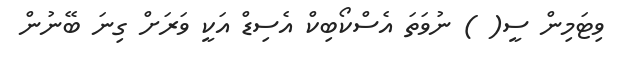
ވިޓަމިން ސީ( ) ނުވަތަ އެސްކޯބިކް އެސިޑް އަކީ ވަރަށް ގިނަ ބޭނުން